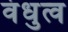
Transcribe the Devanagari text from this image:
वंधुत्व